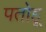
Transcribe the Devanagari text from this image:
पतोहू